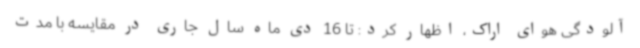
آلودگی هوای اراک، اظهار کرد: تا 16 دی ماه سال جاری در مقایسه با مدت